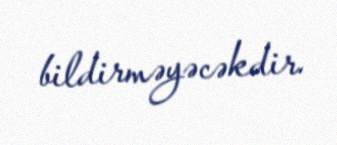
bildirməyəcəkdir.